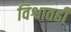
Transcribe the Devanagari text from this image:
विश्वातही